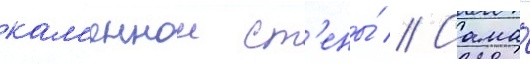
кам'еннои ст'ены́ // Сама́